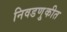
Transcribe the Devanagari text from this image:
निवडणु्कीत